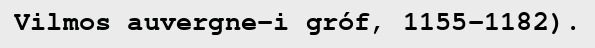
Vilmos auvergne-i gróf, 1155–1182).